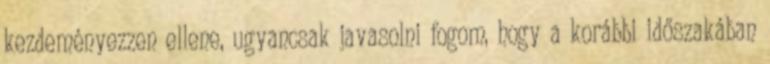
kezdeményezzen ellene, ugyancsak javasolni fogom, hogy a korábbi időszakában